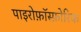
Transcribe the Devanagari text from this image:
पाइरोफ़ॉस्फ़ोरिक